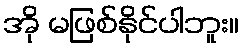
အို မဖြစ်နိုင်ပါဘူး။